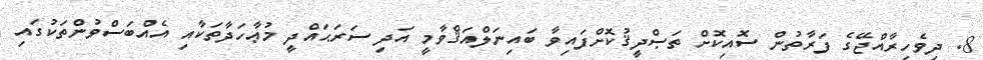
8. ދިވެހިރާއްޖޭގެ ފަރާތުން ސޮއިކޮށް ތަޞްދީޤުކޮށްފައިވާ ބައިނަލްއަޤްވާމީ އަދި ސަރަޙައްދީ މުޢާހަދާތަކާއި އެއްބަސްވުންތަކުގައި